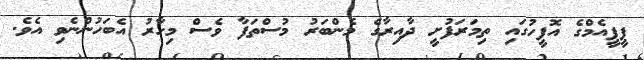
ޕީޕީއެމްގެ އޮފީހުގައި ތިމަރަފުށީ ދާއިރާގެ މެންބަރު މުސްތަފާ ވެސް މިހާރު އެބަހުންނެވި އެވެ.